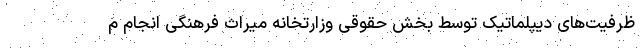
ظرفیت‌های دیپلماتیک توسط بخش حقوقی وزارتخانه میراث فرهنگی انجام م